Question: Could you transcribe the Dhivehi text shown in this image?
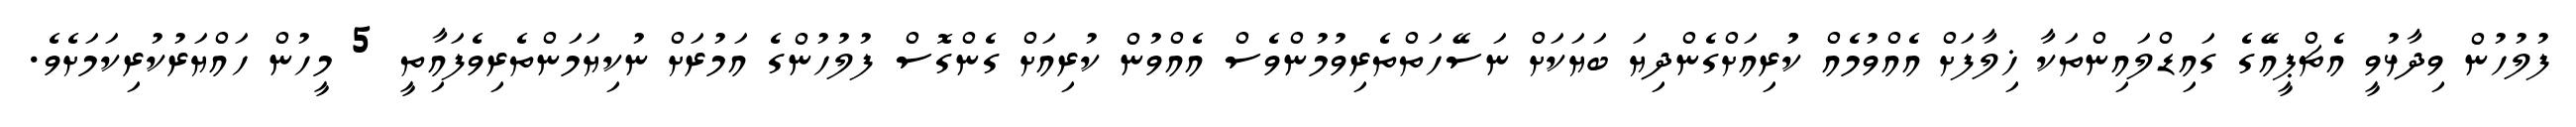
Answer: ފުލުހުން ވިދާޅުވީ އެޗްޕީއޭގެ ގައިޑްލައިންތަކާ ޚިލާފަށް އެއްވުމެއް ކުުރިއަށްގެންދިޔަ ބަޔަކަށް ނަސޭހަތްތެރިވުމުންވެސް އެއްވުން ކުރިއަށް ގެންގޮސް ފުލުހުންގެ އަމުރަށް ނުކިޔަމަންތެރިވެފައިާތީ 5 މީހުން ހައްޔަރުކުރިކަމަށެވެ.